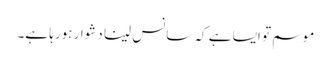
موسم تو ایسا ہے کہ سانس لینا دشوار ہورہا ہے۔